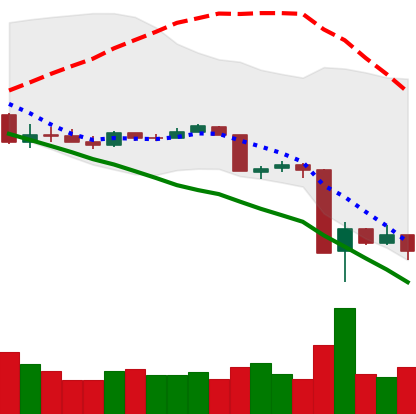
Ticker: XRP-USD
Chart end date: 2020-03-16
Forward return: 12.134%
Label: up_7plus